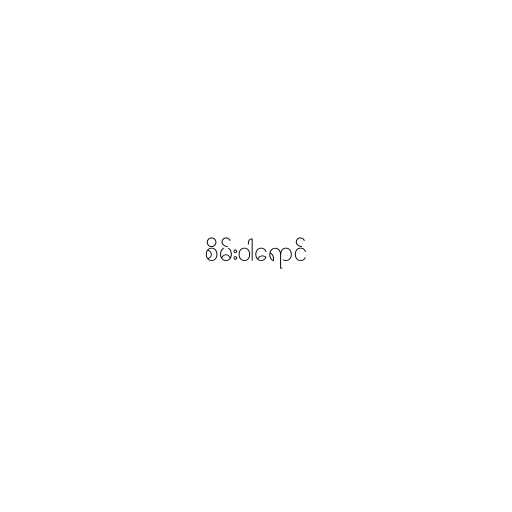
စိမ်းဝါရောင်